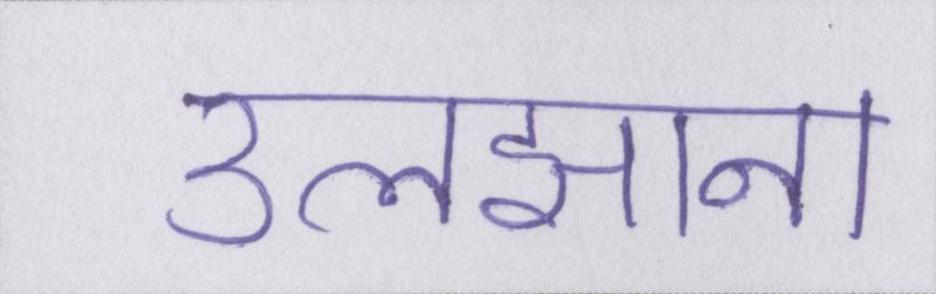
उलझाना